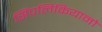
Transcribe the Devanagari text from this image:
सिंपलिकियानो